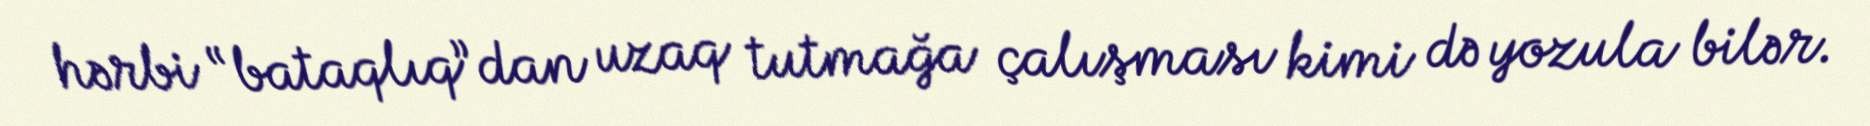
hərbi “bataqlıq”dan uzaq tutmağa çalışması kimi də yozula bilər.